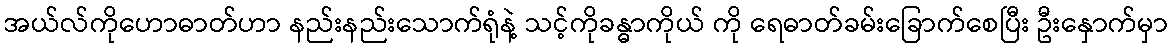
အယ်လ်ကိုဟောဓာတ်ဟာ နည်းနည်းသောက်ရုံနဲ့ သင့်ကိုခန္ဓာကိုယ် ကို ရေဓာတ်ခမ်းခြောက်စေပြီး ဦးနှောက်မှာ